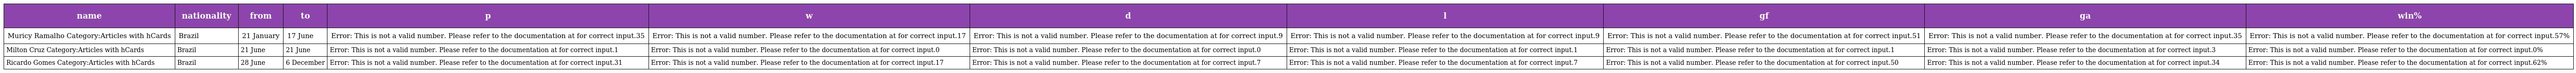
| name | nationality | from | to | p | w | d | l | gf | ga | win% |
 | --- | --- | --- | --- | --- | --- | --- | --- | --- | --- | --- |
 | Muricy Ramalho Category:Articles with hCards | Brazil | 21 January | 17 June | Error: This is not a valid number. Please refer to the documentation at for correct input.35 | Error: This is not a valid number. Please refer to the documentation at for correct input.17 | Error: This is not a valid number. Please refer to the documentation at for correct input.9 | Error: This is not a valid number. Please refer to the documentation at for correct input.9 | Error: This is not a valid number. Please refer to the documentation at for correct input.51 | Error: This is not a valid number. Please refer to the documentation at for correct input.35 | Error: This is not a valid number. Please refer to the documentation at for correct input.57% |
 | Milton Cruz Category:Articles with hCards | Brazil | 21 June | 21 June | Error: This is not a valid number. Please refer to the documentation at for correct input.1 | Error: This is not a valid number. Please refer to the documentation at for correct input.0 | Error: This is not a valid number. Please refer to the documentation at for correct input.0 | Error: This is not a valid number. Please refer to the documentation at for correct input.1 | Error: This is not a valid number. Please refer to the documentation at for correct input.1 | Error: This is not a valid number. Please refer to the documentation at for correct input.3 | Error: This is not a valid number. Please refer to the documentation at for correct input.0% |
 | Ricardo Gomes Category:Articles with hCards | Brazil | 28 June | 6 December | Error: This is not a valid number. Please refer to the documentation at for correct input.31 | Error: This is not a valid number. Please refer to the documentation at for correct input.17 | Error: This is not a valid number. Please refer to the documentation at for correct input.7 | Error: This is not a valid number. Please refer to the documentation at for correct input.7 | Error: This is not a valid number. Please refer to the documentation at for correct input.50 | Error: This is not a valid number. Please refer to the documentation at for correct input.34 | Error: This is not a valid number. Please refer to the documentation at for correct input.62% |